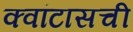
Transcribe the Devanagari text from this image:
क्वांटासची